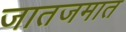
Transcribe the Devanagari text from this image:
जातजमात